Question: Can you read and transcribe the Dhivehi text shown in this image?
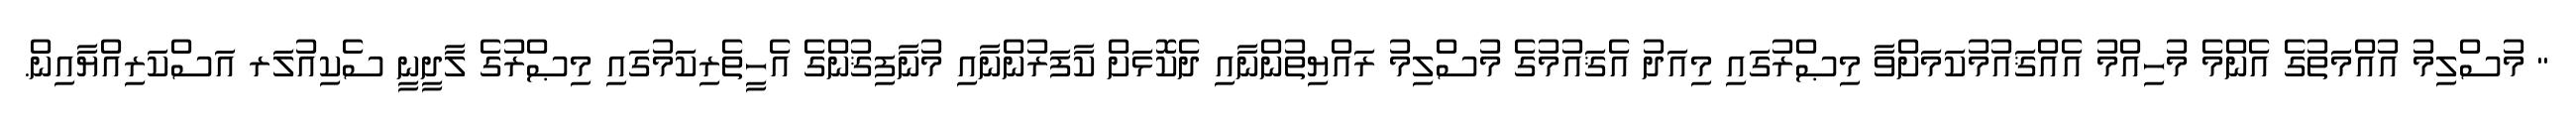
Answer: " މުސްލިމު އުއްމަތުގެ އެންމެ މުހިއްމު އެއްޤައުމުކަމަށްވާ މިޞްރުގައި މިއަދު އެޤައުމުގެ މުސްލިމު ރައްޔިތުންނާއި ދެކޮޅަށް ކާފަރުންނާއި މުނާފިޤުންގެ އެހީތެރިކަމުގައި މިޞްރުގެ ލާދީނީ ސެކިއުލަރ އަސްކަރިއްޔާއިން.